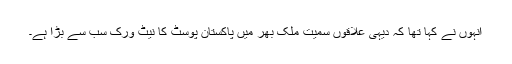
انہوں نے کہا تھا کہ دیہی علاقوں سمیت ملک بھر میں پاکستان پوسٹ کا نیٹ ورک سب سے بڑا ہے۔